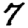
Digit: 7